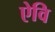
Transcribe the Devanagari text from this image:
ऐवि